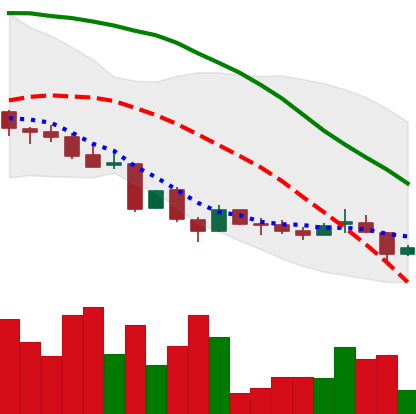
Ticker: LINK-USD
Chart end date: 2018-06-23
Forward return: -14.139%
Label: down_7plus